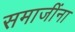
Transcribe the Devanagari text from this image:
समाजींना